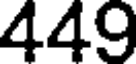
449